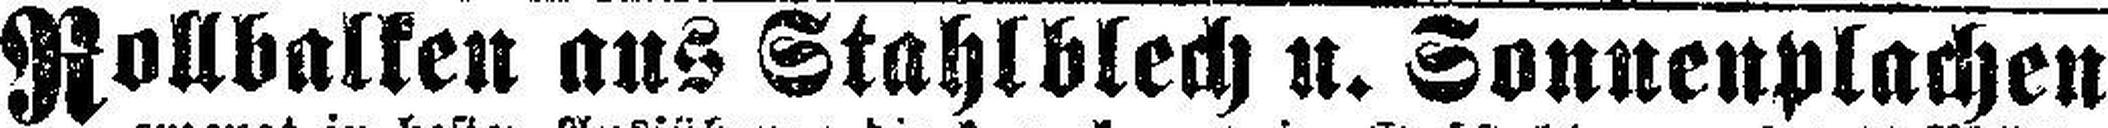
Rollbalken aus Stahlblech u. Sonnenplachen